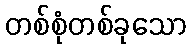
တစ်စုံတစ်ခုသော